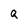
Character: Q